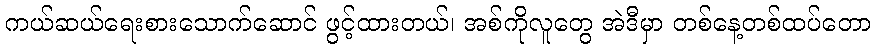
ကယ်ဆယ်ရေးစားသောက်ဆောင် ဖွင့်ထားတယ်၊ အစ်ကိုလူတွေ အဲဒီမှာ တစ်နေ့တစ်ထပ်တော